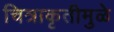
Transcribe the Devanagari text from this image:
चित्राकृतीमुळे